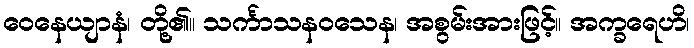
ဝေနေယျာနံ၊ တို့၏။ သင်္ကာသနဝသေန၊ အစွမ်းအားဖြင့်။ အက္ခရေဟိ၊